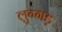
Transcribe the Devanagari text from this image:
लुग्गड़